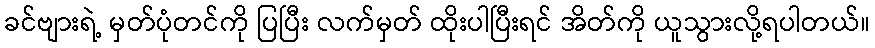
ခင်ဗျားရဲ့ မှတ်ပုံတင်ကို ပြပြီး လက်မှတ် ထိုးပါပြီးရင် အိတ်ကို ယူသွားလို့ရပါတယ်။